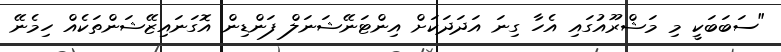
"ސަބަބަކީ މި މަޝްރޫއުގައި އެހާ ގިނަ އަދަދަކަށް އިންޓަނޭޝަނަލް ފަންޑިން އޮގަނައިޒޭޝަންތަކެއް ހިމެނޭ